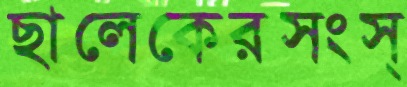
ছালেকেরসংস্